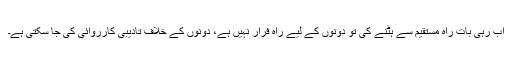
اب رہی بات راہ مستقیم سے ہٹنے کی تو دونوں کے لیے راہ فرار نہیں ہے، دونوں کے خلاف تادیبی کارروائی کی جا سکتی ہے۔